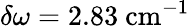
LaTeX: \delta\omega=2.83~\mathrm{{cm^{-1}}}